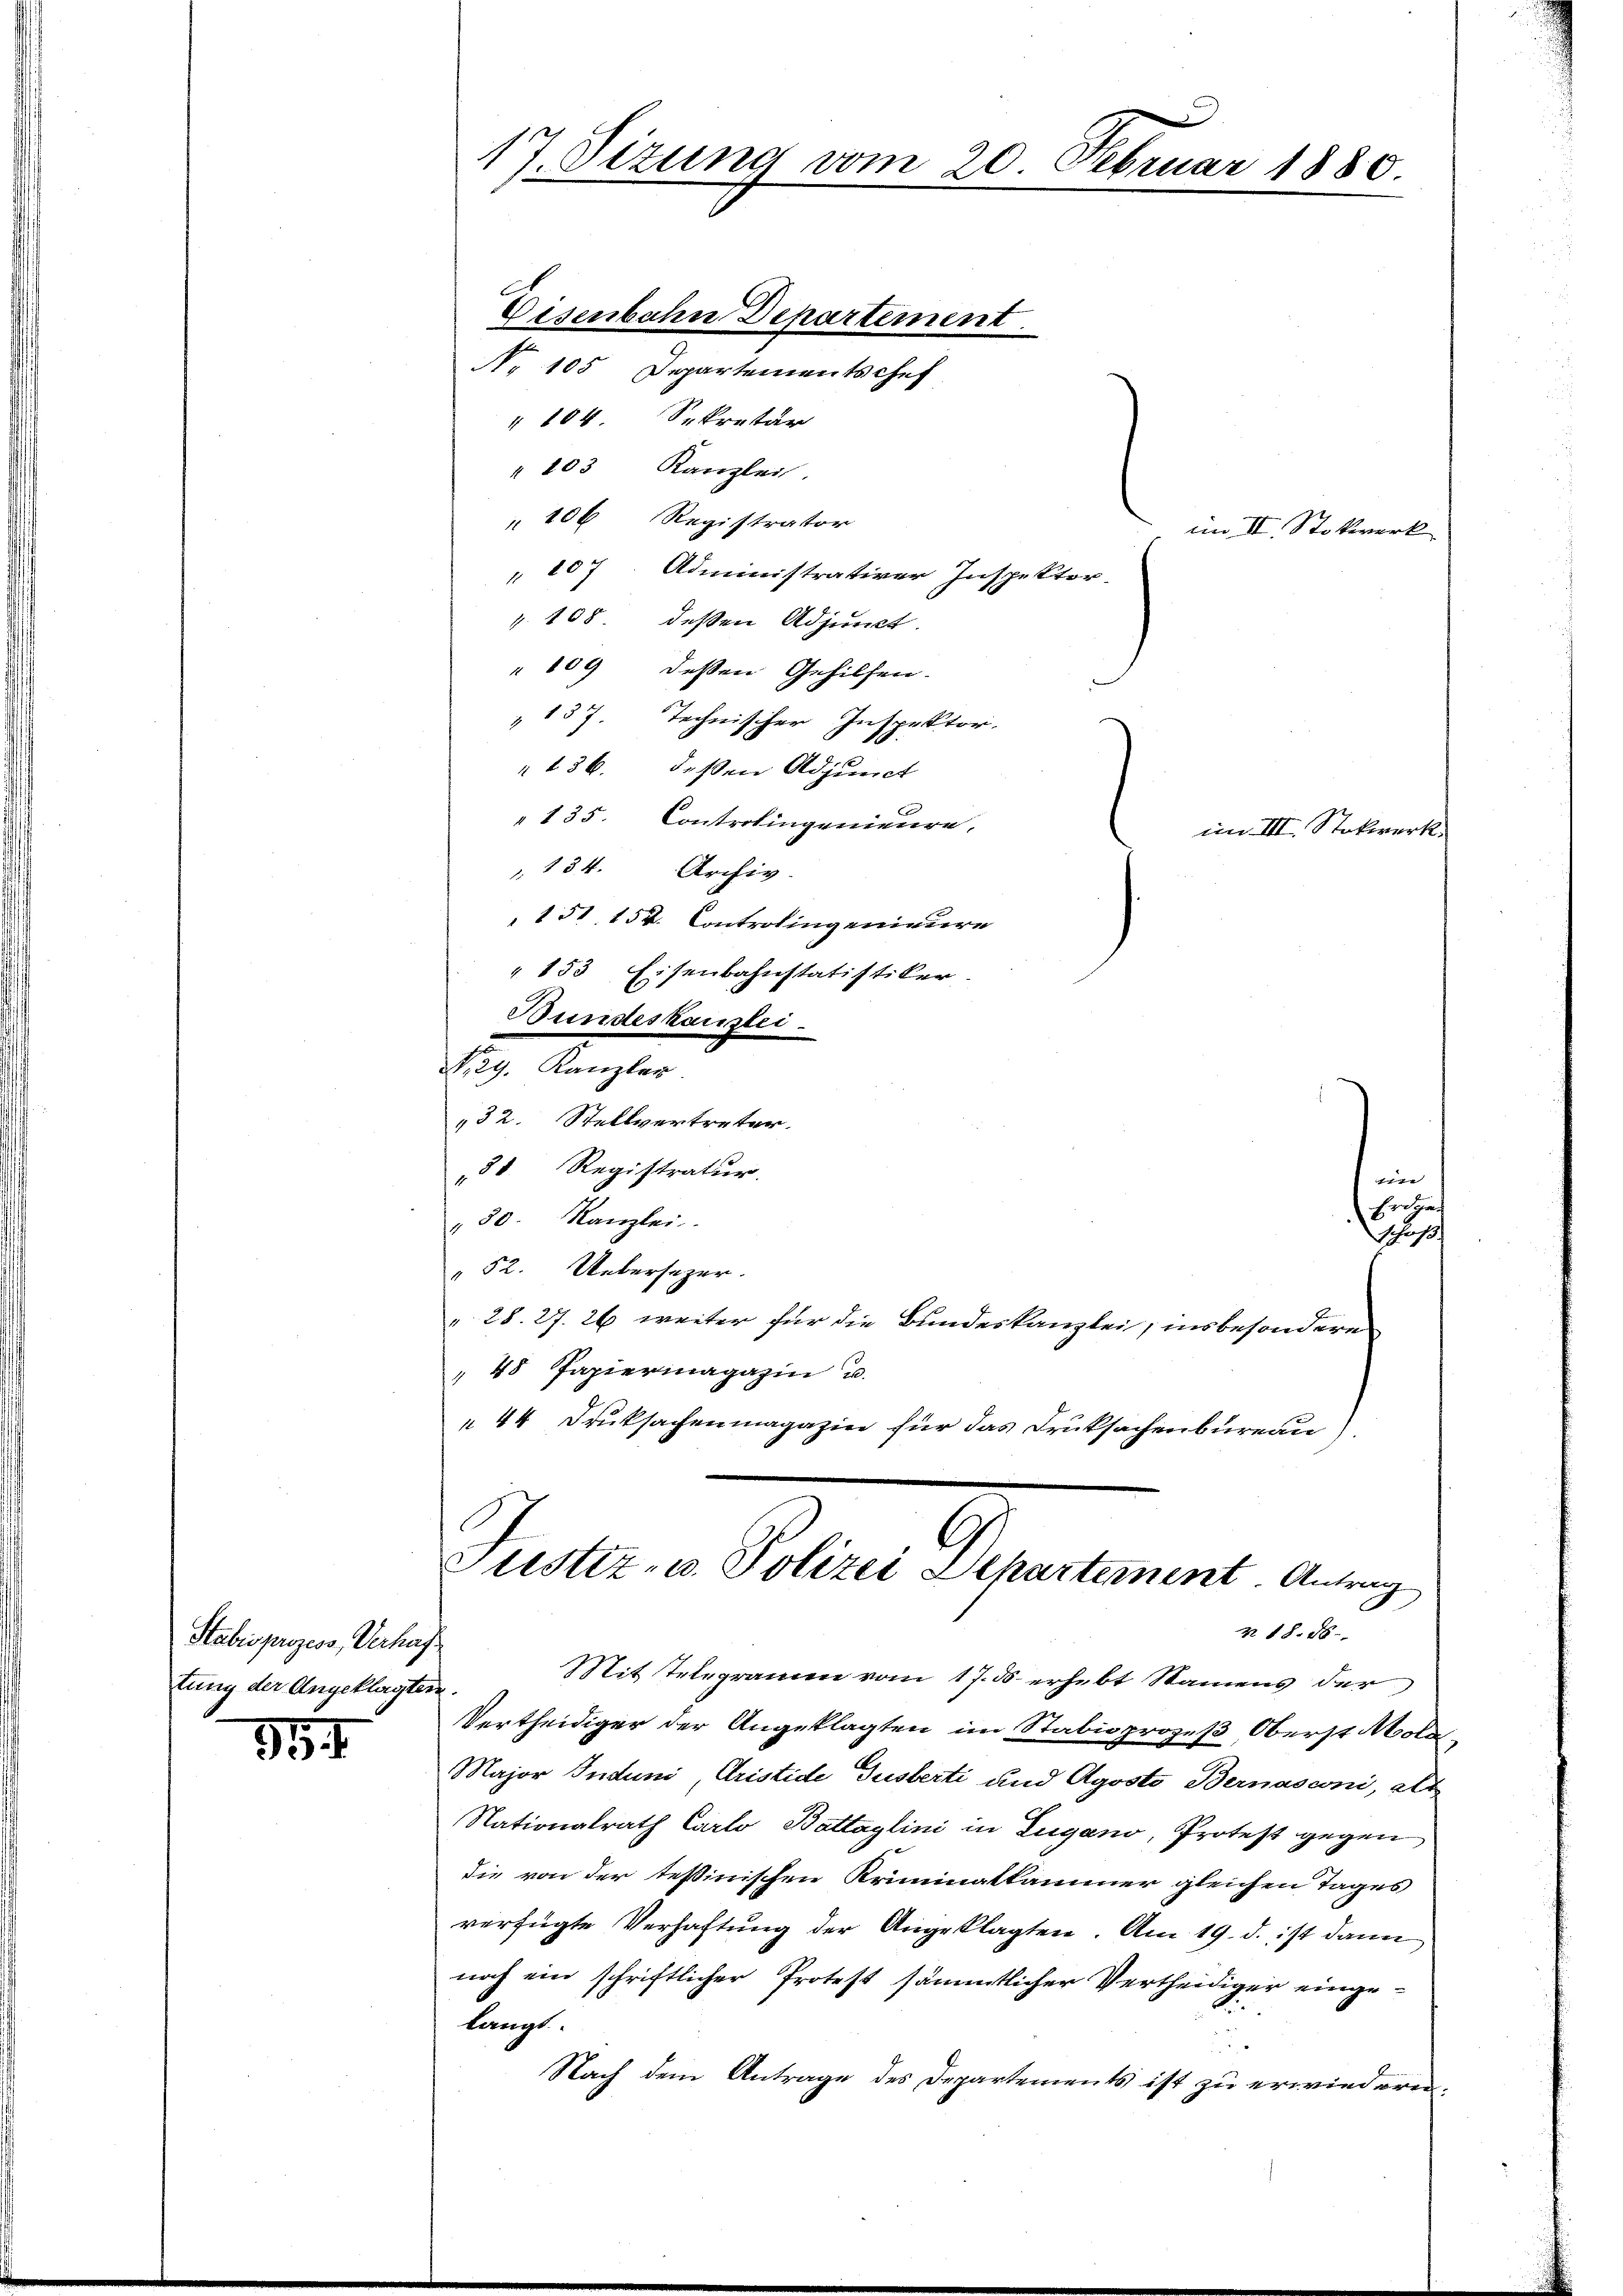
Stabesprozess, Verhaftung der Angeklagten.

9

17. Sizung vom 20. Februar 1880.
Eisenbahn Departement.

No 105 Departementschef
" 104 Sekretär
" 103 Kanzlei.
" 106 Registrator
 107. Administrativer Inspektor.
v. 108. deßen Adjunct.
" 109 dessen Gehilfen.
" 157. Technischer Inspektor.
136. deßen Adjunct
" 135. Controlingenieure.
134. Archiv.
151 152. Controlingenieure
" 153 Eisenbahnstatistiker.
Bundeskanzlei
N. 29. Kanzler
32. Stellvertreter.
38. Registratur
30. Kanzlei
" 52. Uebersezer.
28. 27. 26 weiter für die Bundeskanzlei, insbesondere
" 48 Papiermagazin u.
44 Druksachenmagazin für das Druksachenbureau),

im II. Stockwerk

im III. Stockwerk.

e

Erdgen
Schaf

Justiz- u. Polizei Dehartement. Antrag
N 18. 85.

Mit Telegramm vom 17. ds erhebt Namens der
Vertheidiger der Angeklagten im Stabisprozeß, Oberst Mola¬
Major Induni, Cristide Tusberti und Agosto Bernasconi, als
Nationalrath Carlo Battaglini in Zugano, Protest gegen
die von der tessinischen Kriminatkammer gleichen Tages
verfügte Verhaftung der Angeklagten. Am 19. d. ist dann
noch ein schriftlicher Protest sämmtlicher Vertheidiger eingelangt.
Nach dem Antrage des Departements ist zu erwiederen.